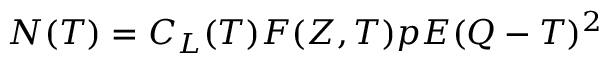
N ( T ) = C _ { L } ( T ) F ( Z , T ) p E ( Q - T ) ^ { 2 }